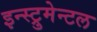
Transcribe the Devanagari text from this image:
इन्स्ट्रुमेन्टल